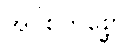
အဝိစိကိစ္ဆော